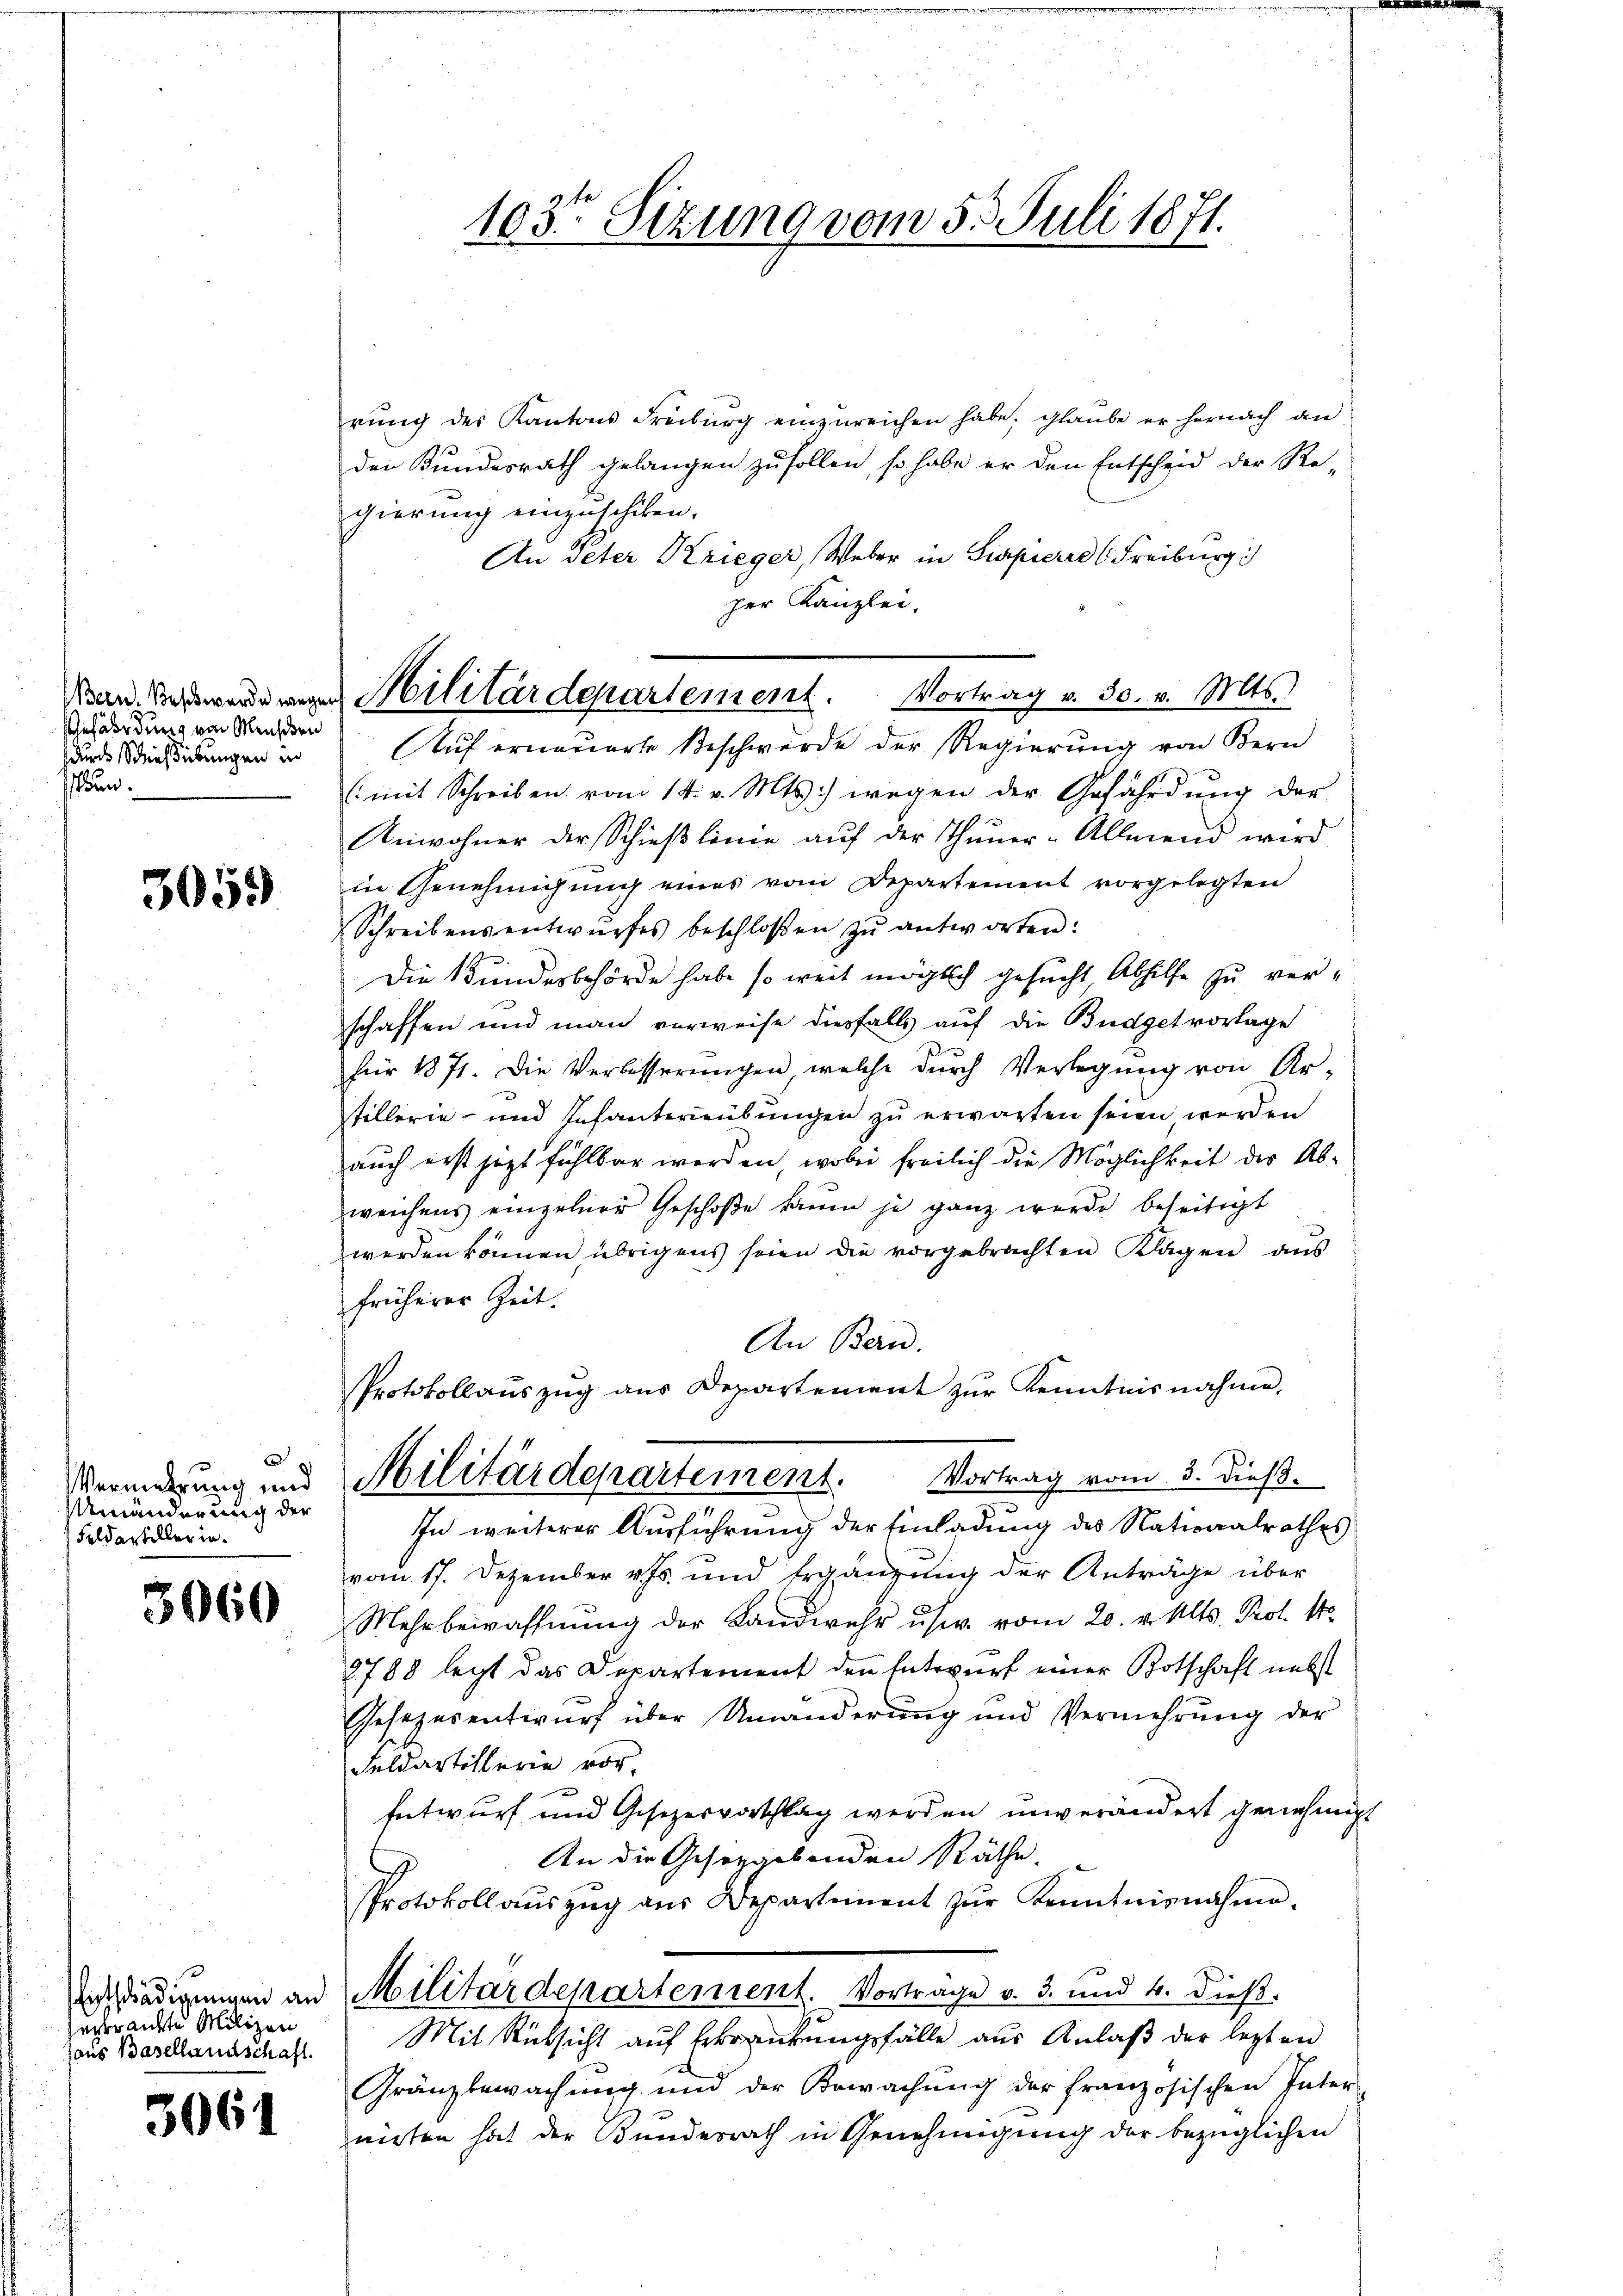
Bern. Beschwerde wege
Gefährdung von Menschen
durch Schießübungen in
ben.

3059)

¬
Vermehrung und
Umänderung der
Feldartillerin.

3060

erbrachte Milizei
haus Basellandschaft.

3061

103te Sizung vom 5. Juli 1871.
81

u. Militärdepartement. Vortrag v. 30. v. Mts.

rŭng des Kantons Freiburg einzŭreichen habe. Glaube er hernach an
der Bundesrath gelangen zu sollen, so habe er den Entscheid der Re-
gierung einzuschiken.
An Peter Krieger, Weber in Surpiere (Freiburg
per Kanzlei.
Auf erneuerte Beschwerde der Regierŭng von Bern
(mit Schreiben vom 14. v. Mts.) wegen der Gefährdung der
Anwohner der Schieβlinie aŭf der Thuner-Allmend wird
in Genehmigung eines vom Departement vorgelegten
Schreibensentwŭrfes beschlossen zŭ antworten:
Die Bundesbehörde habe so weit möglich gesucht Abhilfe zu verschaffen und man verweise diesfalls auf die Budgetvorlage
für 1871. Die Verbesserŭngen, welche dŭrch Verlegŭng von Ar-
tillerie- und Infanterreübungen zu erwarten seien, werden
auch erst jezt fühlbar werden, wobei freilich die Möglichkeit der Abweichens einzelner Geschoße kaum je ganz wurde beseitigt
werden können übrigens seien die vorgebrachten Klagen aus
früherer Zeit.
An Bern.
Protokollaŭszŭg ans Departement zŭr Kenntnisnahme,
Militärdepartement. Vortrag vom 3. dieß.
In weiterer Ausführung der Einladung des Nationalrathes
vom 17. Dezember v. Js. und Ergänzŭng der Anträge über
Mehrbewaffnung der Landwehr usw. vom 20. v. Mts. Prot. 14
2788 letzt das Departement den Entwurf einer Botschaft nebst
Gesezesentwurf über Umänderung und Vermehrung der
Feldartillerin vor.
Entwurf und Gesezesvorschlag werden unverändert genehmig¬
An die Gesetzgebenden Räthe.
Protokoll aŭszŭg aŭs Departiment zŭr Kenntnisnahme.
Ansschädigungen an Militärdepartement. Vortrage v. 3. und 4. dieß.
Mit Rücksicht auf Erbrenkungsfälle aus Anlaß der lezten
Gränzbewachŭng und der Bewachŭng der französischen Pater
nirten hat der Bundesrath in Genehmigung der bezüglichen